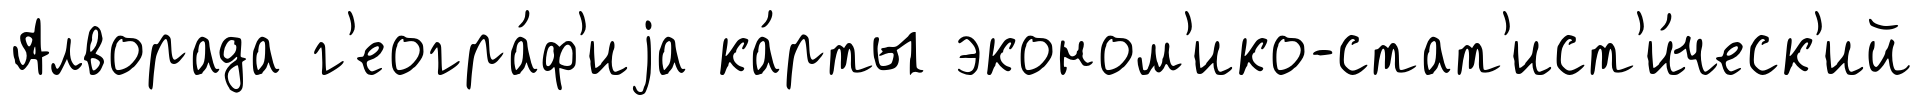
Алворада г'еогра́ф'иjа ка́рты эконом'ико-стат'ист'и́ческ'ий